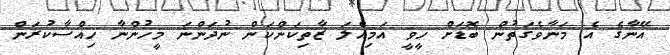
އޭނާގެ އެ މަނާވެގަތުން ބޮޑަށް ހީވީ އަމިއްލަ ޒާތިކަންކަން ނުދަންނަ މީހުންނާ ހިއްސާކުރަން